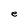
Character: e